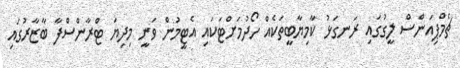
ޗެމްޕިއަންސް ލީގުގައި ރަނގަޅު ކާމިޔާބީތަކެއް ހޯދުމަށްޓަކައި އެޓީމުން ވަނީ މިދިޔަ ޓްރާންސްފާ ބާޒާރުގައި